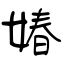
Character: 媋